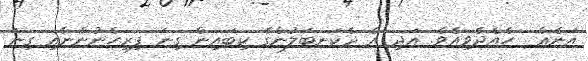
އަނެއް  ހެއްދެވިއެވެ. އަދި އެ ދެކަނބަލުންގެ ކިބައިން ގިނަ ފިރިހެނުންނާއި ގިނަ